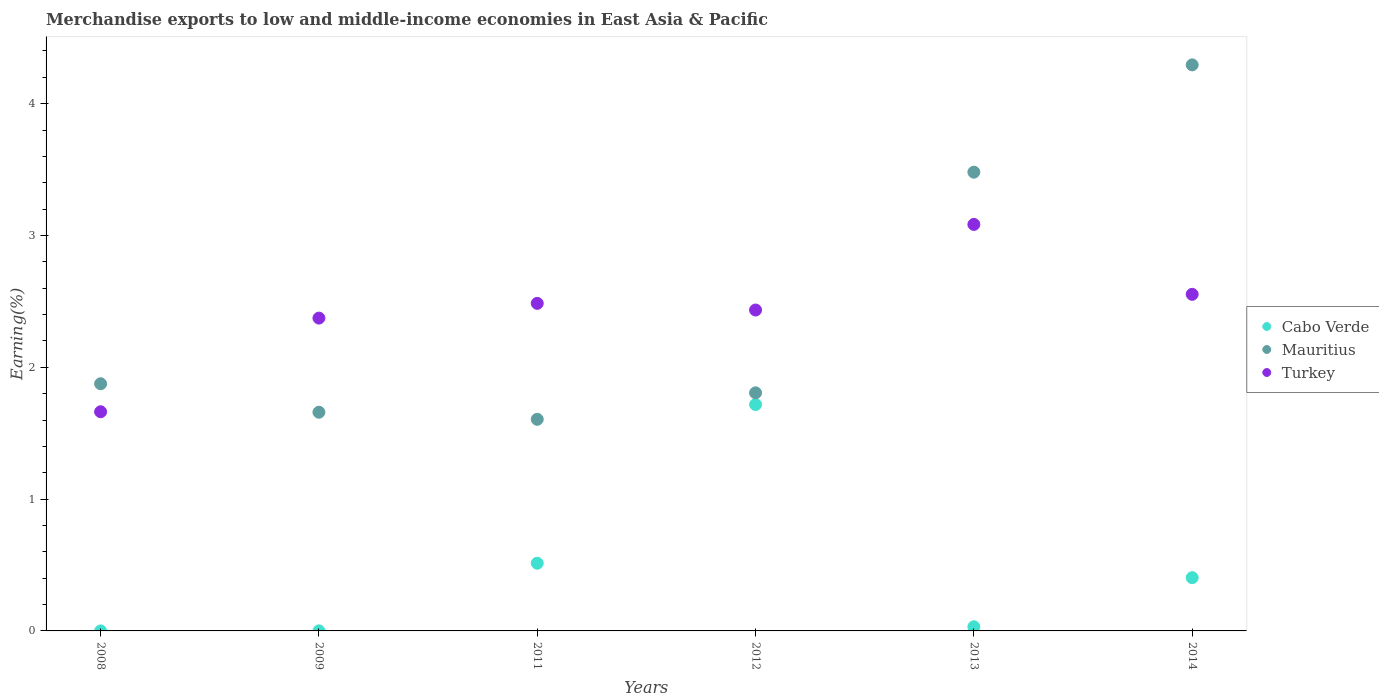
| Years | Cabo Verde | Mauritius | Turkey |
 | --- | --- | --- | --- |
 | 2008 | 6.61e-05 | 1.88 | 1.66 |
 | 2009 | 0.000375 | 1.66 | 2.37 |
 | 2011 | 0.514 | 1.61 | 2.49 |
 | 2012 | 1.72 | 1.81 | 2.43 |
 | 2013 | 0.0314 | 3.48 | 3.08 |
 | 2014 | 0.404 | 4.29 | 2.55 |